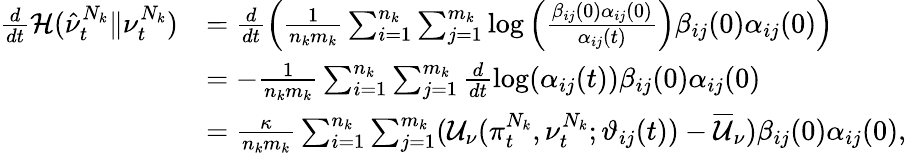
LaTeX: \begin{array}{rl}{\frac{d}{dt}\mathcal{H}(\hat{\nu}_{t}^{N_{k}}\lVert\nu_{t}^{N_{k}})}&{=\frac{d}{dt}\left(\frac{1}{n_{k}m_{k}}\sum_{i=1}^{n_{k}}\sum_{j=1}^{m_{k}}\log\left(\frac{\beta_{ij}(0)\alpha_{ij}(0)}{\alpha_{ij}(t)}\right)\beta_{ij}(0)\alpha_{ij}(0)\right)}\\ &{=-\frac{1}{n_{k}m_{k}}\sum_{i=1}^{n_{k}}\sum_{j=1}^{m_{k}}\frac{d}{dt}\log(\alpha_{ij}(t)){\beta}_{ij}(0)\alpha_{ij}(0)}\\ &{=\frac{\kappa}{n_{k}m_{k}}\sum_{i=1}^{n_{k}}\sum_{j=1}^{m_{k}}(\mathcal{U}_{\nu}(\pi_{t}^{N_{k}},\nu_{t}^{N_{k}};\vartheta_{ij}(t))-\overline{{\mathcal{U}}}_{\nu})\beta_{ij}(0)\alpha_{ij}(0),}\end{array}